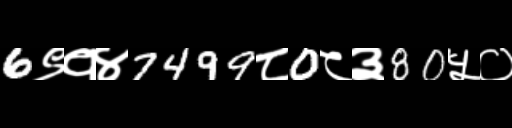
Text: 6९१४7499८0८३80५०